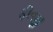
ફીજી